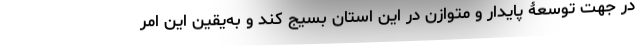
در جهت توسعۀ پایدار و متوازن در این استان بسیج کند و به‌یقین این امر